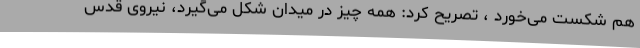
هم شکست می‌خورد ، تصریح کرد: همه چیز در میدان شکل می‌گیرد، نیروی قدس